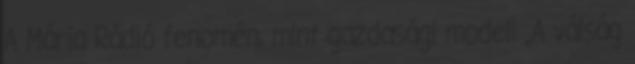
A Mária Rádió fenomén, mint gazdasági modell „A válság